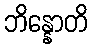
ဘိန္နောတိ